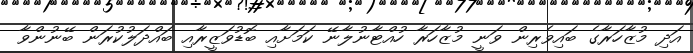
އަދި މުޒާހަރާގެ ބައިވެރިން ވަނީ މުޒާހަރާ ހުއްޓާނުލާނޭ ކަމަށާއި ބޮޑުވަޒީރާއި ބައްދަލުކުރަން ބޭނުންވާ